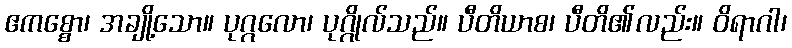
ဧကစ္စော၊ အချို့သော။ ပုဂ္ဂလော၊ ပုဂ္ဂိုလ်သည်။ ပီတိယာစ၊ ပီတိ၏လည်း။ ဝိရာဂါ၊